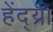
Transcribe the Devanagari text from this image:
हेंद्य्रा